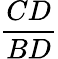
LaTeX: \frac{CD}{BD}